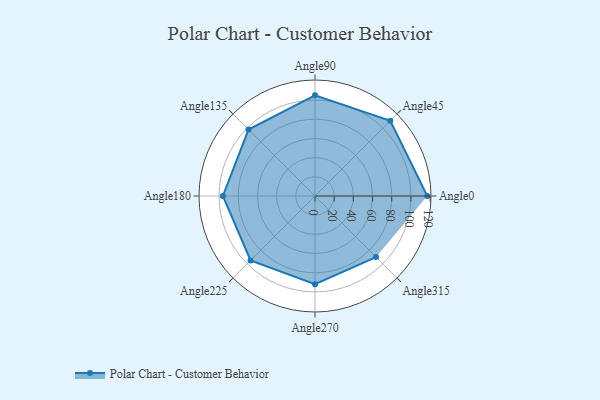
{"axis": {"x": "Angle", "y": "Radius"}, "legend": [""], "data": [{"x": "Angle0", "y": 117.0, "type": ""}, {"x": "Angle45", "y": 111.0, "type": ""}, {"x": "Angle90", "y": 105.0, "type": ""}, {"x": "Angle135", "y": 98.0, "type": ""}, {"x": "Angle180", "y": 96.0, "type": ""}, {"x": "Angle225", "y": 95.0, "type": ""}, {"x": "Angle270", "y": 92.0, "type": ""}, {"x": "Angle315", "y": 90.0, "type": ""}]}